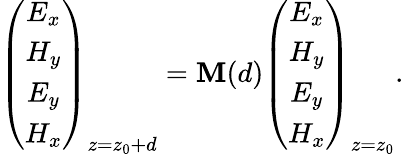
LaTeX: \left(\begin{array}{c}{E_{x}}\\ {H_{y}}\\ {E_{y}}\\ {H_{x}}\end{array}\right)_{z=z_{0}+d}=\mathbf M(d)\left(\begin{array}{c}{E_{x}}\\ {H_{y}}\\ {E_{y}}\\ {H_{x}}\end{array}\right)_{z=z_{0}}.